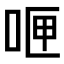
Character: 𪡄